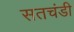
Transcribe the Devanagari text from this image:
सतचंडी